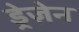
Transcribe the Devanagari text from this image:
ड्रेज़ेन